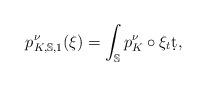
LaTeX: \begin{align*} p^{\nu}_{K,\mathbb{S},1}(\xi)=\int_\mathbb{S}p^{\nu}_{K}\circ \xi_t \d t, \end{align*}